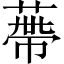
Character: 蔕